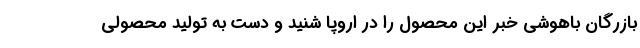
بازرگان باهوشی خبر این محصول را در اروپا شنید و دست به تولید محصولی